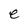
Character: e